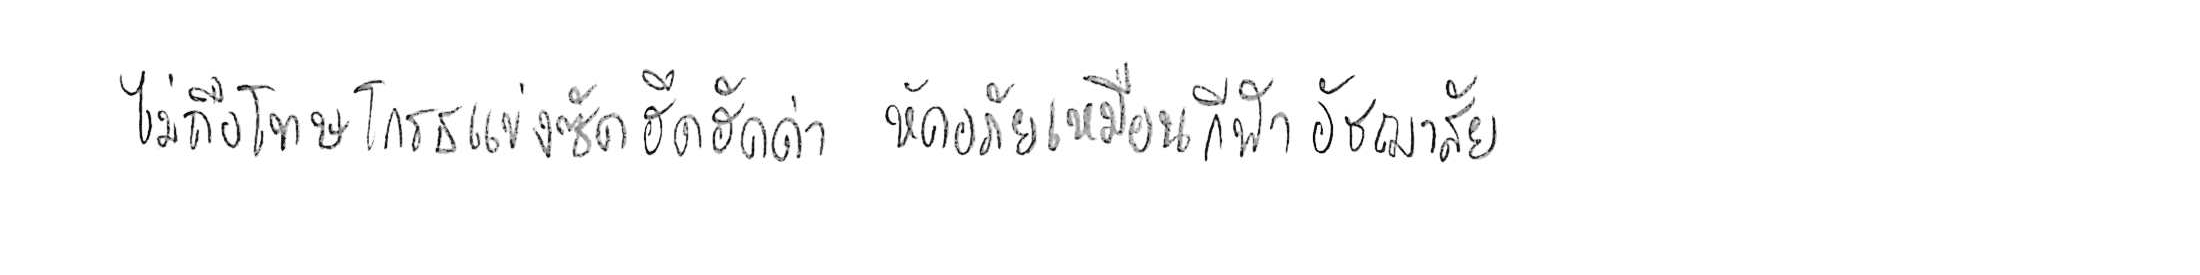
ไม่ถือโทษโกรธแช่งซัดฮึดฮัดด่า หัดอภัยเหมือนกีฬาอัชฌาสัย